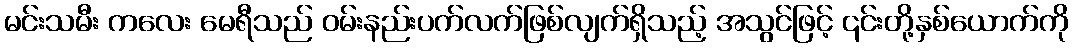
မင်းသမီး ကလေး မေရီသည် ဝမ်းနည်းပက်လက်ဖြစ်လျက်ရှိသည့် အသွင်ဖြင့် ၎င်းတို့နှစ်ယောက်ကို